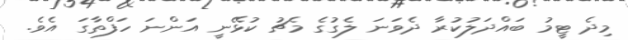
މިދެ ޓީމު ބައްދަލުކުރާ ދެވަނަ ލެގުގެ މެޗު ކުޅޭނީ އަންނަ ހަފްތާގަ އެވެ.